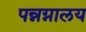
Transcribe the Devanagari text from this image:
पन्नग्नालय